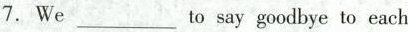
7.We ___ to say goodbye to each